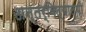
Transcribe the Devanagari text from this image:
अन्तर्विद्यालयी